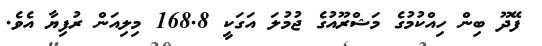
ފޭދޫ ބިން ހިއްކުމުގެ މަޝްރޫއުގެ ޖުމުލަ އަގަކީ 168.8 މިލިއަން ރުފިޔާ އެވެ.